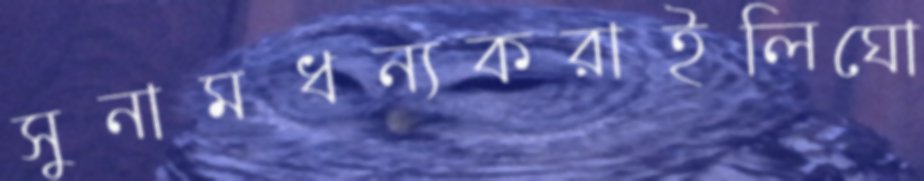
সুনামধন্যকরাইলিঘো